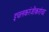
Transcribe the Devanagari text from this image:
इचलकरंजीकरांचा